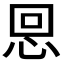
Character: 𢙍